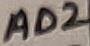
Text: AD2